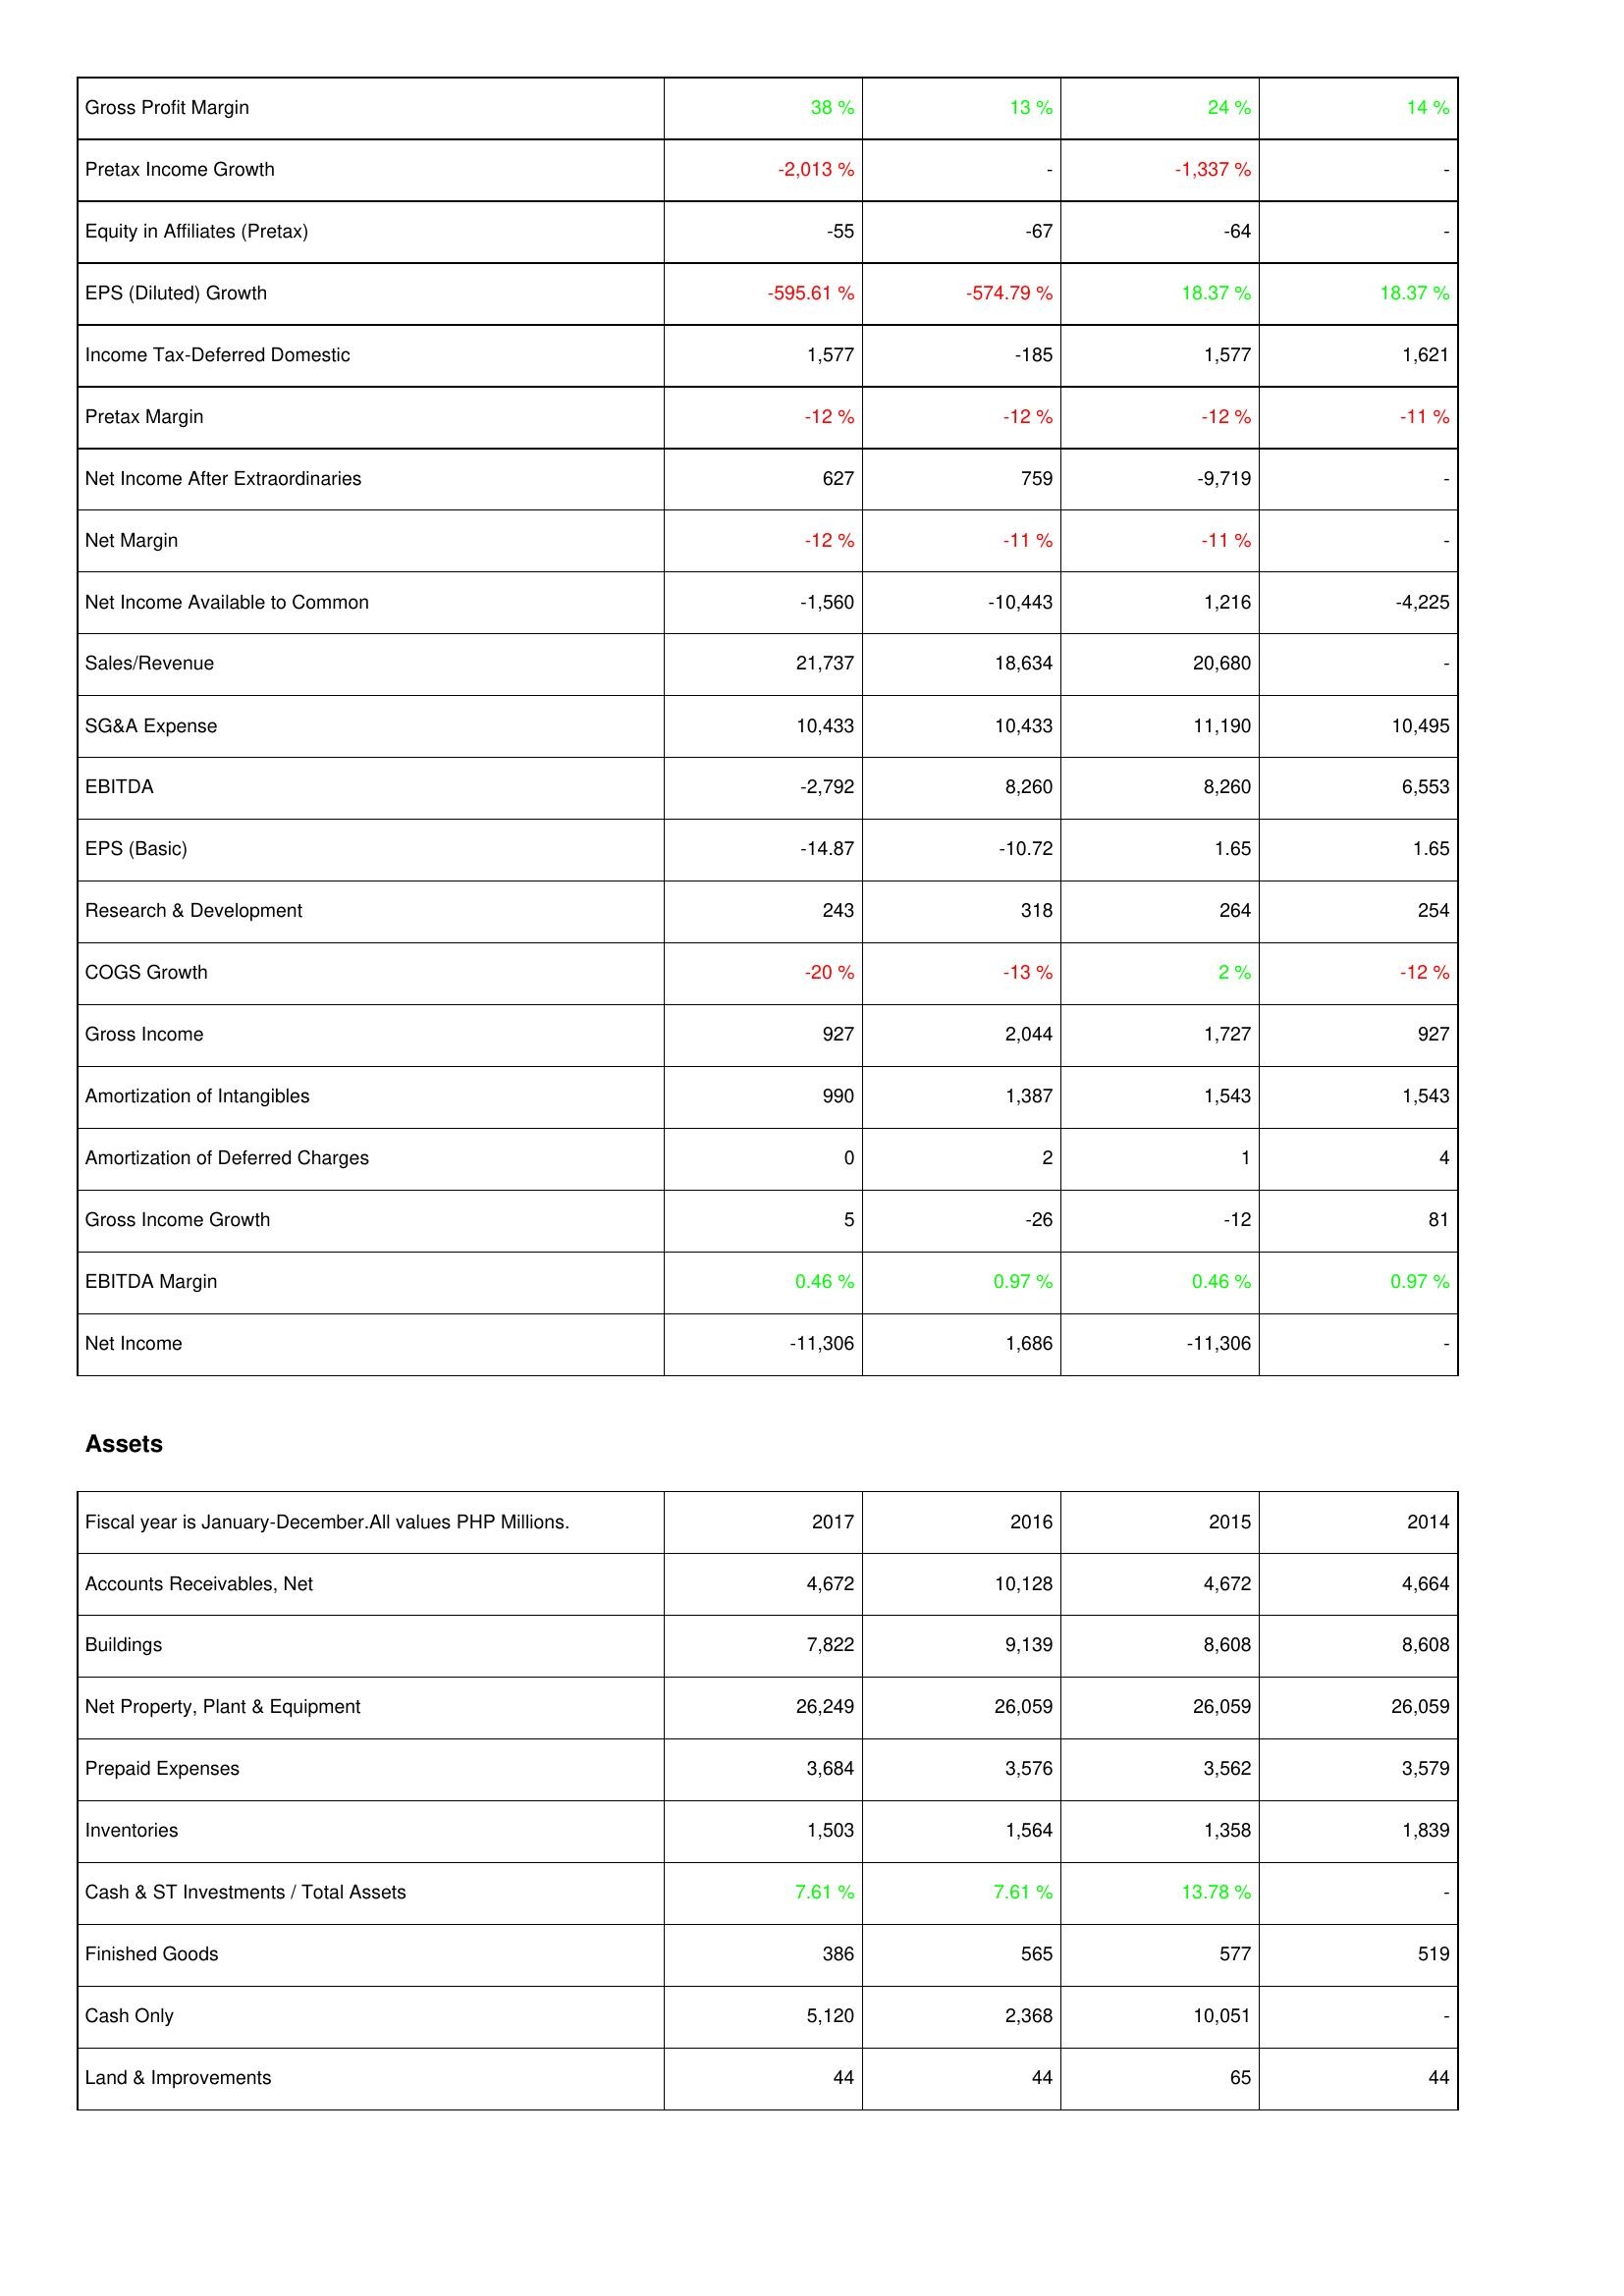
2017: Income Statement: Gross Profit Margin: 38 %
Pretax Income Growth: -2,013 %
Equity in Affiliates (Pretax): -55
EPS (Diluted) Growth: -595.61 %
Income Tax-Deferred Domestic: 1,577
Pretax Margin: -12 %
Net Income After Extraordinaries: 627
Net Margin: -12 %
Net Income Available to Common: -1,560
Sales/Revenue: 21,737
SG&A Expense: 10,433
EBITDA: -2,792
EPS (Basic): -14.87
Research & Development: 243
COGS Growth: -20 %
Gross Income: 927
Amortization of Intangibles: 990
Amortization of Deferred Charges: 0
Gross Income Growth: 5
EBITDA Margin: 0.46 %
Net Income: -11,306
Assets: Accounts Receivables, Net: 4,672
Buildings: 7,822
Net Property, Plant & Equipment: 26,249
Prepaid Expenses: 3,684
Inventories: 1,503
Cash & ST Investments / Total Assets: 7.61 %
Finished Goods: 386
Cash Only: 5,120
Land & Improvements: 44
2016: Income Statement: Gross Profit Margin: 13 %
Pretax Income Growth: -
Equity in Affiliates (Pretax): -67
EPS (Diluted) Growth: -574.79 %
Income Tax-Deferred Domestic: -185
Pretax Margin: -12 %
Net Income After Extraordinaries: 759
Net Margin: -11 %
Net Income Available to Common: -10,443
Sales/Revenue: 18,634
SG&A Expense: 10,433
EBITDA: 8,260
EPS (Basic): -10.72
Research & Development: 318
COGS Growth: -13 %
Gross Income: 2,044
Amortization of Intangibles: 1,387
Amortization of Deferred Charges: 2
Gross Income Growth: -26
EBITDA Margin: 0.97 %
Net Income: 1,686
Assets: Accounts Receivables, Net: 10,128
Buildings: 9,139
Net Property, Plant & Equipment: 26,059
Prepaid Expenses: 3,576
Inventories: 1,564
Cash & ST Investments / Total Assets: 7.61 %
Finished Goods: 565
Cash Only: 2,368
Land & Improvements: 44
2015: Income Statement: Gross Profit Margin: 24 %
Pretax Income Growth: -1,337 %
Equity in Affiliates (Pretax): -64
EPS (Diluted) Growth: 18.37 %
Income Tax-Deferred Domestic: 1,577
Pretax Margin: -12 %
Net Income After Extraordinaries: -9,719
Net Margin: -11 %
Net Income Available to Common: 1,216
Sales/Revenue: 20,680
SG&A Expense: 11,190
EBITDA: 8,260
EPS (Basic): 1.65
Research & Development: 264
COGS Growth: 2 %
Gross Income: 1,727
Amortization of Intangibles: 1,543
Amortization of Deferred Charges: 1
Gross Income Growth: -12
EBITDA Margin: 0.46 %
Net Income: -11,306
Assets: Accounts Receivables, Net: 4,672
Buildings: 8,608
Net Property, Plant & Equipment: 26,059
Prepaid Expenses: 3,562
Inventories: 1,358
Cash & ST Investments / Total Assets: 13.78 %
Finished Goods: 577
Cash Only: 10,051
Land & Improvements: 65
2014: Income Statement: Gross Profit Margin: 14 %
Pretax Income Growth: -
Equity in Affiliates (Pretax): -
EPS (Diluted) Growth: 18.37 %
Income Tax-Deferred Domestic: 1,621
Pretax Margin: -11 %
Net Income After Extraordinaries: -
Net Margin: -
Net Income Available to Common: -4,225
Sales/Revenue: -
SG&A Expense: 10,495
EBITDA: 6,553
EPS (Basic): 1.65
Research & Development: 254
COGS Growth: -12 %
Gross Income: 927
Amortization of Intangibles: 1,543
Amortization of Deferred Charges: 4
Gross Income Growth: 81
EBITDA Margin: 0.97 %
Net Income: -
Assets: Accounts Receivables, Net: 4,664
Buildings: 8,608
Net Property, Plant & Equipment: 26,059
Prepaid Expenses: 3,579
Inventories: 1,839
Cash & ST Investments / Total Assets: -
Finished Goods: 519
Cash Only: -
Land & Improvements: 44